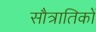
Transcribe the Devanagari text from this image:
सौत्रातिकों